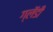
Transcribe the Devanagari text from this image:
ग्लॅडी